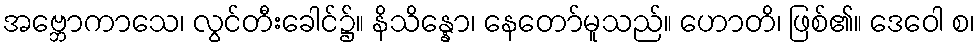
အဗ္ဘောကာသေ၊ လွင်တီးခေါင်၌။ နိသိန္နော၊ နေတော်မူသည်။ ဟောတိ၊ ဖြစ်၏။ ဒေဝေါ စ၊